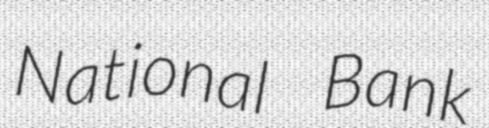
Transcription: National Bank